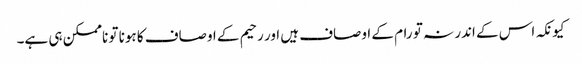
کیونکہ اس کے اندر نہ تو رام کے اوصاف ہیں اور رحیم کے اوصاف کا ہونا تو ناممکن ہی ہے۔